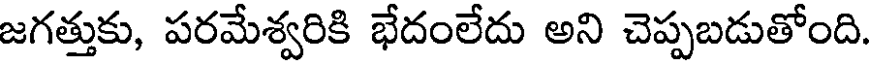
జగత్తుకు, పరమేశ్వరికి భేదంలేదు అని చెప్పబడుతోంది.